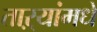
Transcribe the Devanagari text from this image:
ताऱ्यांमधे